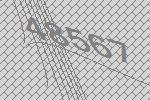
48567